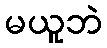
မယူဘဲ